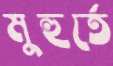
মুহুর্তে